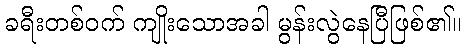
ခရီးတစ်ဝက် ကျိုးသောအခါ မွန်းလွဲနေပြီဖြစ်၏။